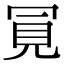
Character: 𧠊